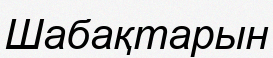
Шабақтарын